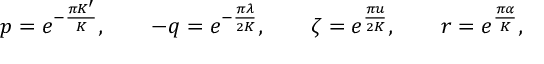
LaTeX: p = e ^ { - \frac { \pi K ^ { \prime } } { K } } , \qquad - q = e ^ { - \frac { \pi \lambda } { 2 K } } , \qquad \zeta = e ^ { \frac { \pi u } { 2 K } } , \qquad r = e ^ { \frac { \pi \alpha } { K } } ,